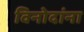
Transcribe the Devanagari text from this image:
विनोदांना